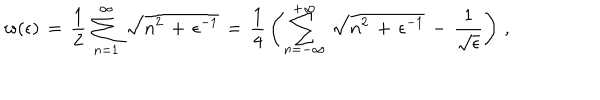
LaTeX: w ( \epsilon ) \, = \, \frac { 1 } { 2 } \, \sum _ { n = 1 } ^ { \infty } \, \sqrt { n ^ { 2 } \, + \, \epsilon ^ { - 1 } } \, = \, \frac { 1 } { 4 } \, \left( \sum _ { n = - \infty } ^ { + \infty } \, \sqrt { n ^ { 2 } \, + \, \epsilon ^ { - 1 } } \, - \, \frac { 1 } { \sqrt { \epsilon } } \right) \, { , }